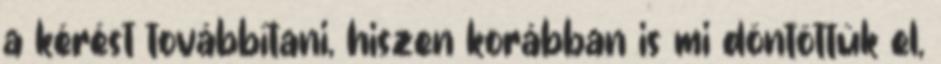
a kérést továbbítani, hiszen korábban is mi döntöttük el,